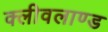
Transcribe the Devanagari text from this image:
क्लीवलाण्ड